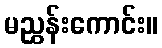
မညွှန်းကောင်း။